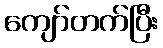
ကျော်တက်ပြီး